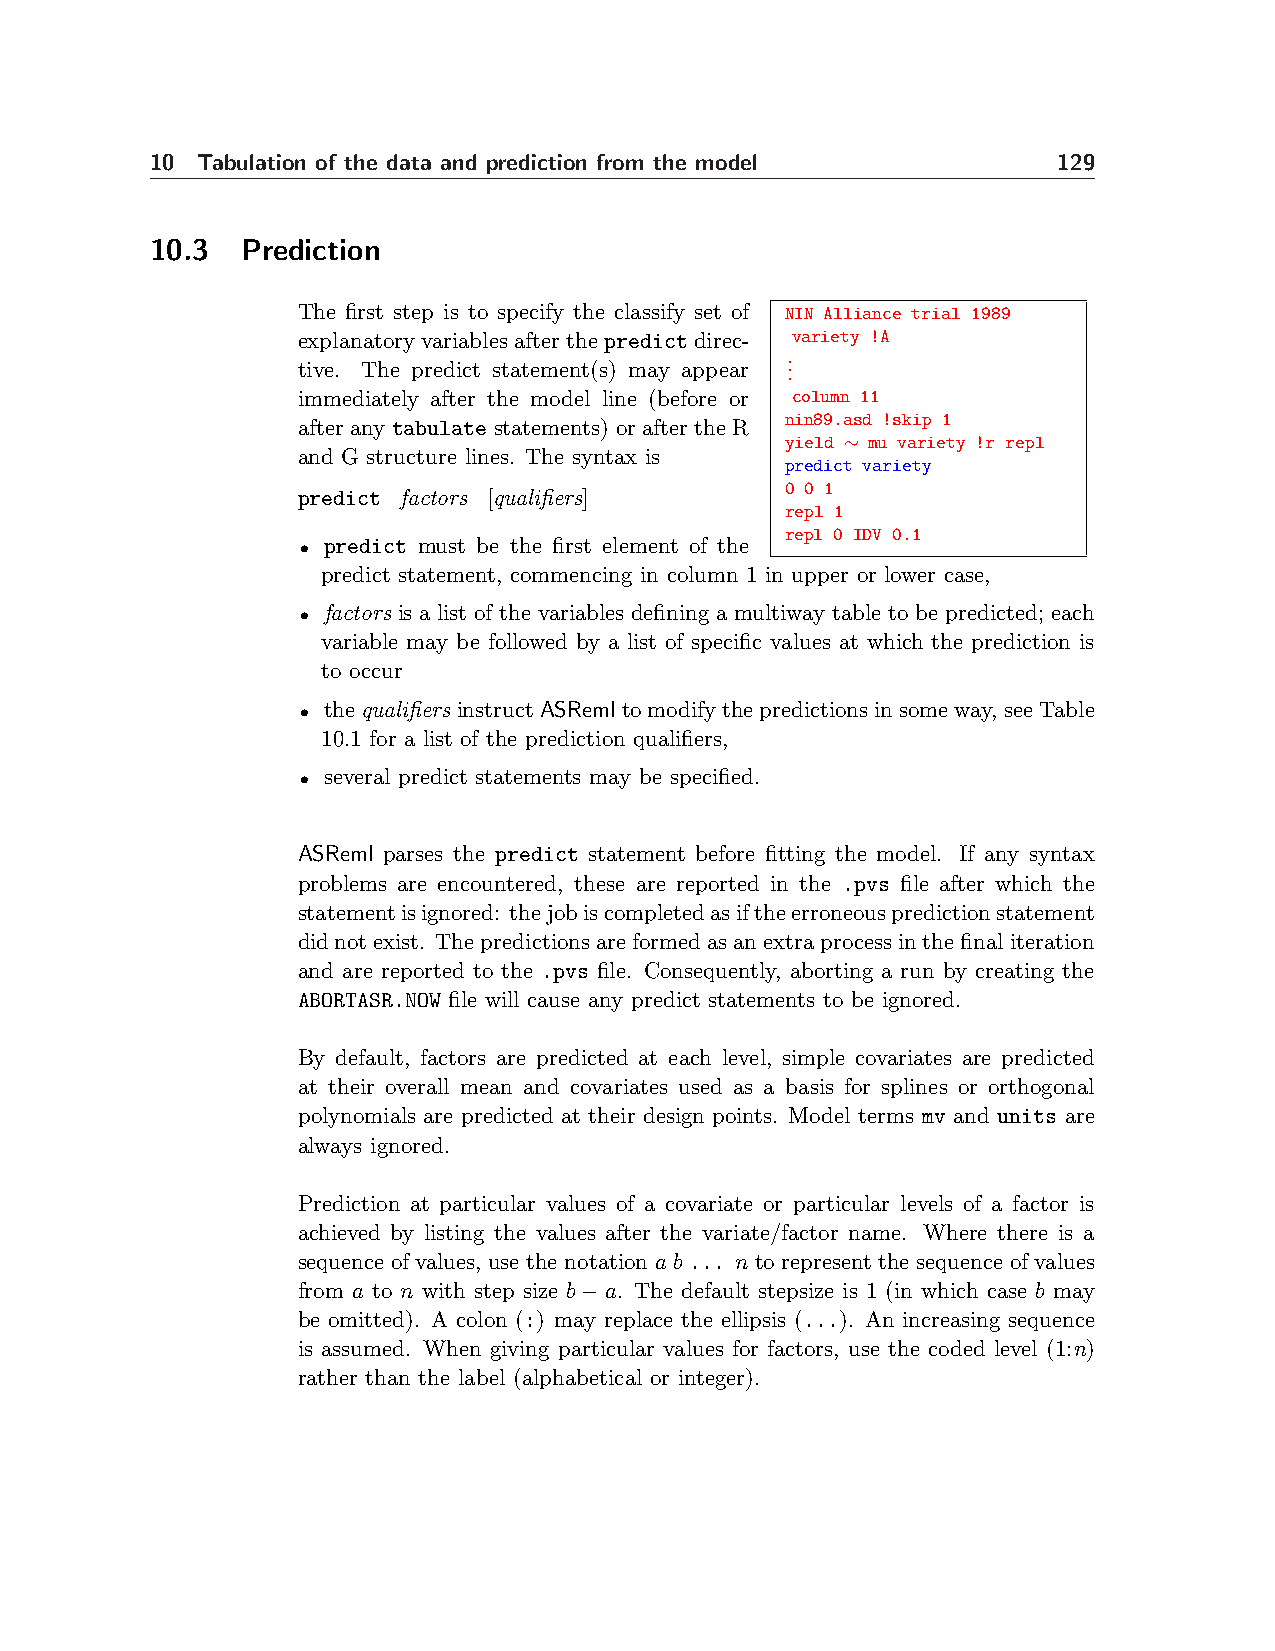
10 Tabulation of the data and prediction from the model     129
 10.3  Prediction
 The first step is to specify the classify set of NIN Alliance trial 1989
 explanatoryvariablesafterthepredictdirec- variety !A
 .
 tive. The predict statement(s) may appear . .
 immediately after the model line (before or column 11
 nin89.asd !skip 1
 after any tabulate statements) or after the R
 yield ∼ mu variety !r repl
 and G structure lines. The syntax is
 predict variety
 0 0 1
 predict factors [qualifiers]
 repl 1
 repl 0 IDV 0.1
 • predict must be the first element of the
 predict statement, commencing in column 1 in upper or lower case,
 • factors is a list of the variables defining a multiway table to be predicted; each
 variable may be followed by a list of specific values at which the prediction is
 to occur
 • thequalifiersinstructASRemltomodifythepredictionsinsomeway, seeTable
 10.1 for a list of the prediction qualifiers,
 • several predict statements may be specified.
 ASReml parses the predict statement before fitting the model. If any syntax
 problems are encountered, these are reported in the .pvs file after which the
 statementisignored: thejobiscompletedasiftheerroneouspredictionstatement
 didnotexist. Thepredictionsareformedasanextraprocessinthefinaliteration
 and are reported to the .pvs file. Consequently, aborting a run by creating the
 ABORTASR.NOW file will cause any predict statements to be ignored.
 By default, factors are predicted at each level, simple covariates are predicted
 at their overall mean and covariates used as a basis for splines or orthogonal
 polynomials are predicted at their design points. Model terms mv and units are
 always ignored.
 Prediction at particular values of a covariate or particular levels of a factor is
 achieved by listing the values after the variate/factor name. Where there is a
 sequence of values, use the notation a b ... n to represent the sequence of values
 from a to n with step size b−a. The default stepsize is 1 (in which case b may
 be omitted). A colon (:) may replace the ellipsis (...). An increasing sequence
 is assumed. When giving particular values for factors, use the coded level (1:n)
 rather than the label (alphabetical or integer).